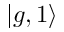
| g , 1 \rangle